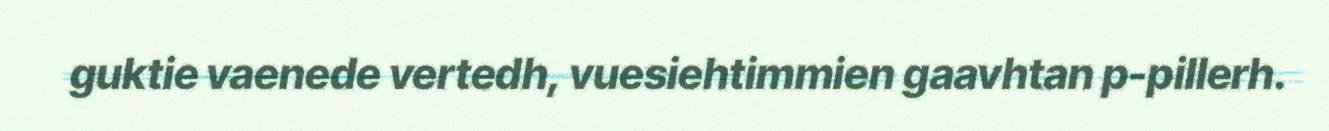
guktie vaenede vertedh, vuesiehtimmien gaavhtan p-pillerh.